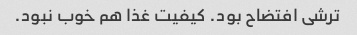
ترشی افتضاح بود. کیفیت غذا هم خوب نبود.